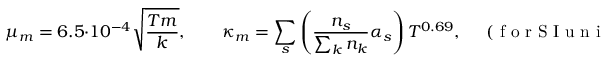
\mu _ { m } = 6 . 5 \cdot 1 0 ^ { - 4 } \sqrt { \frac { T m } { k } } , \qquad \kappa _ { m } = \sum _ { s } \left( \frac { n _ { s } } { \sum _ { k } n _ { k } } \alpha _ { s } \right) T ^ { 0 . 6 9 } , \quad \mathrm { ~ ( ~ f ~ o ~ r ~ S ~ I ~ u ~ n ~ i ~ t ~ s ~ ) ~ }